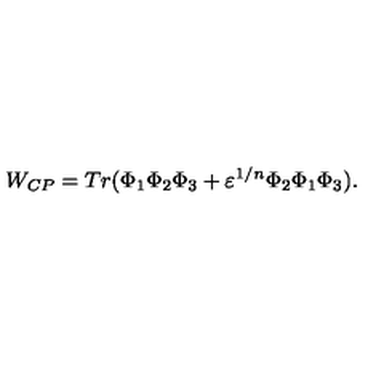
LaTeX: W _ { C P } = T r ( \Phi _ { 1 } \Phi _ { 2 } \Phi _ { 3 } + \varepsilon ^ { 1 / n } \Phi _ { 2 } \Phi _ { 1 } \Phi _ { 3 } ) .